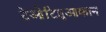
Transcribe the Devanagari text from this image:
टेओटिहुआकान